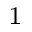
^ 1